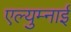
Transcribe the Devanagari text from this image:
एल्युम्नाई